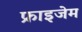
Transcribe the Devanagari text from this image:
फ्राइजेम